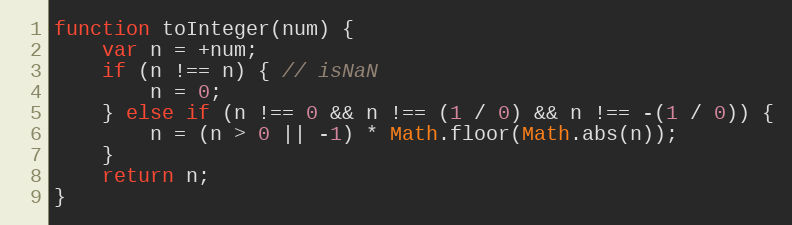
Language: JavaScript
function toInteger(num) {
    var n = +num;
    if (n !== n) { // isNaN
        n = 0;
    } else if (n !== 0 && n !== (1 / 0) && n !== -(1 / 0)) {
        n = (n > 0 || -1) * Math.floor(Math.abs(n));
    }
    return n;
}